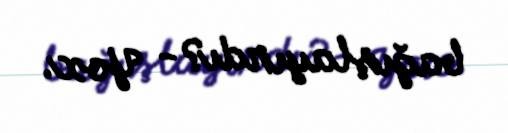
bağışlayırdı?- Yox.